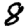
Digit: 8